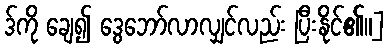
ဒ်ကို ချေ၍ ဒွေဘော်လာလျှင်လည်း ပြီးနိုင်၏။]